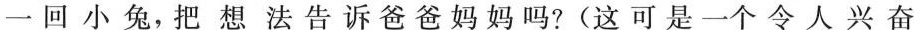
一回小兔，把想法告诉爸爸妈妈吗？(这可是一个令人兴奋